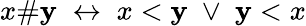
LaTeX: x\# \mathbf{y}\; \leftrightarrow\; x<\mathbf{y}\; \vee\; \mathbf{y}<x